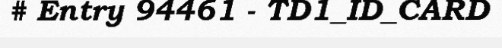
# Entry 94461 - TD1_ID_CARD